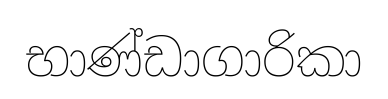
භාණ්ඩාගාරිකා